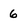
Character: 6